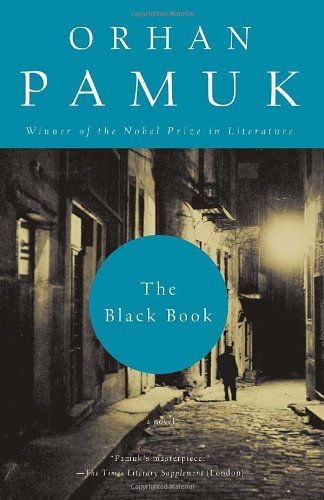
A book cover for The Black Book; Orhan Pamuk; Literature & Fiction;